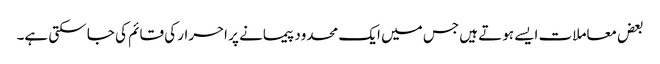
بعض معاملات ایسے ہوتے ہیں جس میں ایک محدود پیمانے پر احرار کی قائم کی جا سکتی ہے۔